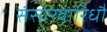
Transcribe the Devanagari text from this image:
संसारवारिधौ